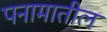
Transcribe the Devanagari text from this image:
पनामातील